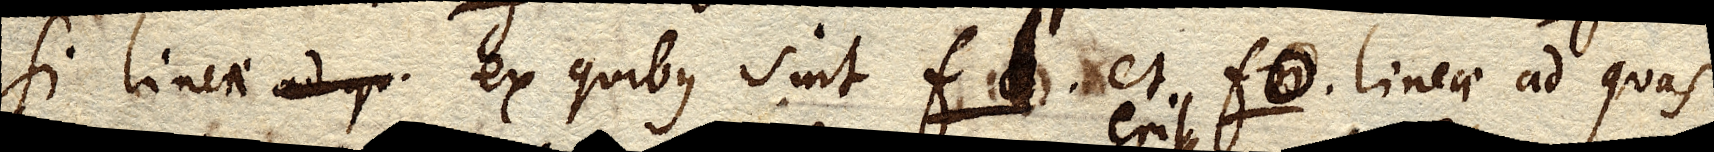
Si lineae ad qu ex quibus sint f xx. et fo. lineae ad quas